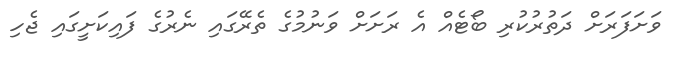
ވަށަފަރަށް ދަތުރުކުރި ބޯޓެއް އެ ރަށަށް ވަނުމުގެ ތެރޭގައި ނެރުގެ ފައިކަށީގައި ޖެހި